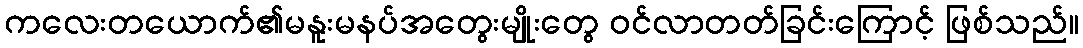
ကလေးတယောက်၏မနူးမနပ်အတွေးမျိုးတွေ ဝင်လာတတ်ခြင်းကြောင့် ဖြစ်သည်။